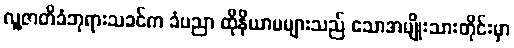
လူ့ဇာတိခံဘုရားသခင်က ခံပညာ ထိုနိယာမများသည် သောအမျိုးသားတိုင်းမှာ